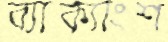
ব্যাক্যাংশ